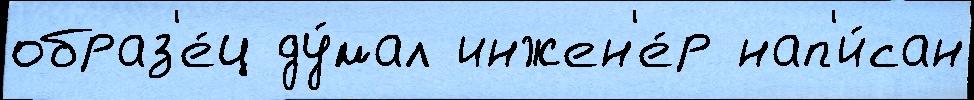
образ'е́ц ду́мал инжен'е́р нап'и́сан